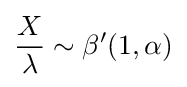
{\frac {X}{\lambda }}\sim \beta ^{\prime }(1,\alpha )